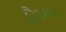
ફૌઆદ